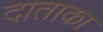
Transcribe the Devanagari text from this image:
दाताका